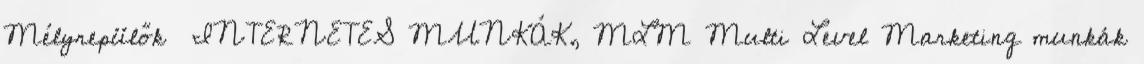
Mélyrepülők INTERNETES MUNKÁK, MLM Multi Level Marketing munkák